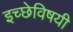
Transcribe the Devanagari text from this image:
इच्छेविषयी